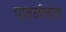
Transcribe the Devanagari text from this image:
पातळीतला